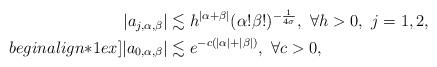
LaTeX: \begin{align*}\begin{aligned}|a_{j,\alpha ,\beta}| &\lesssim h^{|\alpha +\beta|}(\alpha !\beta !)^{-\frac 1{4\sigma}},\ \forall h>0,\ j=1,2,\\begin{align*}1ex]|a_{0,\alpha ,\beta}| &\lesssim e^{-c(|\alpha |+|\beta |)},\ \forall c>0,\end{aligned}\end{align*}